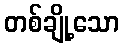
တစ်ချို့သော